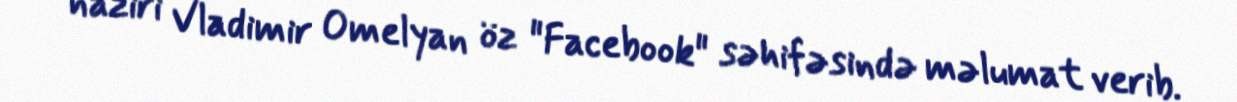
naziri Vladimir Omelyan öz "Facebook" səhifəsində məlumat verib.